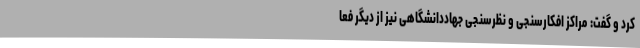
کرد و گفت: مراکز افکارسنجی و نظرسنجی جهاددانشگاهی نیز از دیگر فعا